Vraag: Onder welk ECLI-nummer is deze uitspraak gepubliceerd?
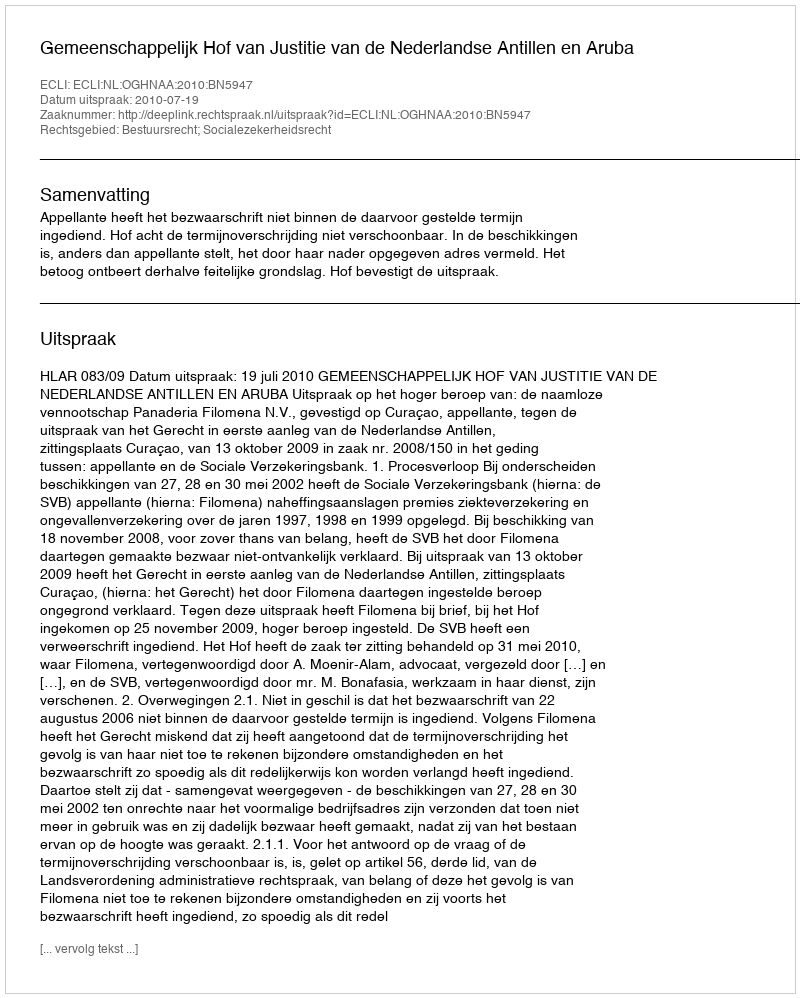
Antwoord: ECLI:NL:OGHNAA:2010:BN5947